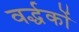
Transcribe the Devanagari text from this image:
वर्द्धकों